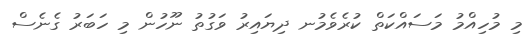
މި މުހިއްމު މަސައްކަތް ކުރެވެމުނ ދިޔައިރު ވަގުތު ނޫހުން މި ހަބަރު ގެނެސް